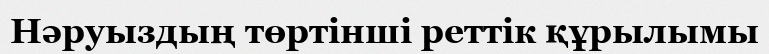
Нәруыздың төртінші реттік құрылымы